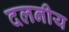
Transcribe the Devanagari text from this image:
दलनीय